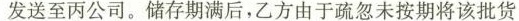
发送至丙公司。储存期满后，乙方由于疏忽未按期将该批货